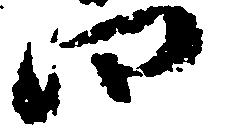
四